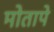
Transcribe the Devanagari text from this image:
मोतापे